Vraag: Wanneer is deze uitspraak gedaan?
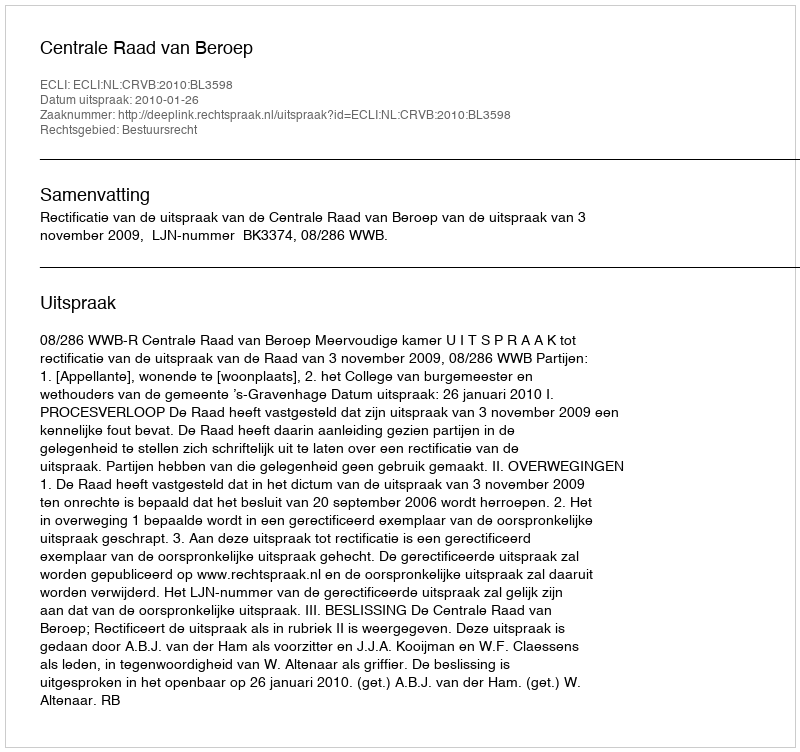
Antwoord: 2010-01-26